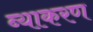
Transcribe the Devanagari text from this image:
ब्याकरण